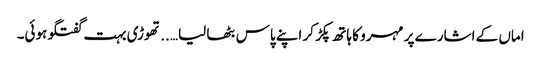
اماں کے اشارے پر مہرو کا ہاتھ پکڑ کر اپنے پاس بٹھا لیا…..تھوڑی بہت گفتگو ہوئی۔